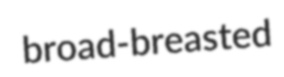
broad-breasted